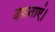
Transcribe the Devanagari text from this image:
दफनाएं।